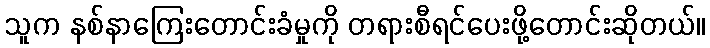
သူက နစ်နာကြေးတောင်းခံမှုကို တရားစီရင်ပေးဖို့တောင်းဆိုတယ်။